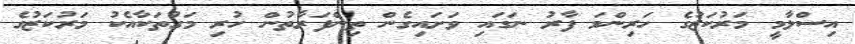
އިސްލާމީ މަރުކަޒުގެ ހަރިންމަ ފާރު ނަގައި ވަށައިގެން ތިންފަރާތުން ހުރި މަގުތަކާއެކު މަރުކަޒުގެ